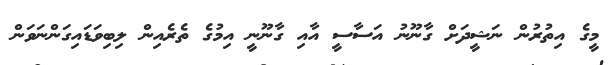
މީގެ އިތުރުން ނަޝީދަށް ގާނޫނު އަސާސީ އާއި ގާނޫނީ އިމުގެ ތެރެއިން ލިބިވަޑައިގަންނަވަން